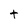
Character: t